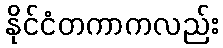
နိုင်ငံတကာကလည်း